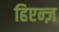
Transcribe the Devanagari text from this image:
हिएन्ज़